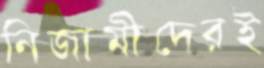
নিজামীদেরই